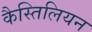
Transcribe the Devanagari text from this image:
कैस्तिलियन